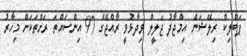
ޕަބްލިކް ރިލޭޝަން އިމްޖާދު ޖަލީލް ވިދާޅުވީ ރާއްޖޭގެ 97 އިންސައްތަ ރަށްތަކަށް މިހާރު